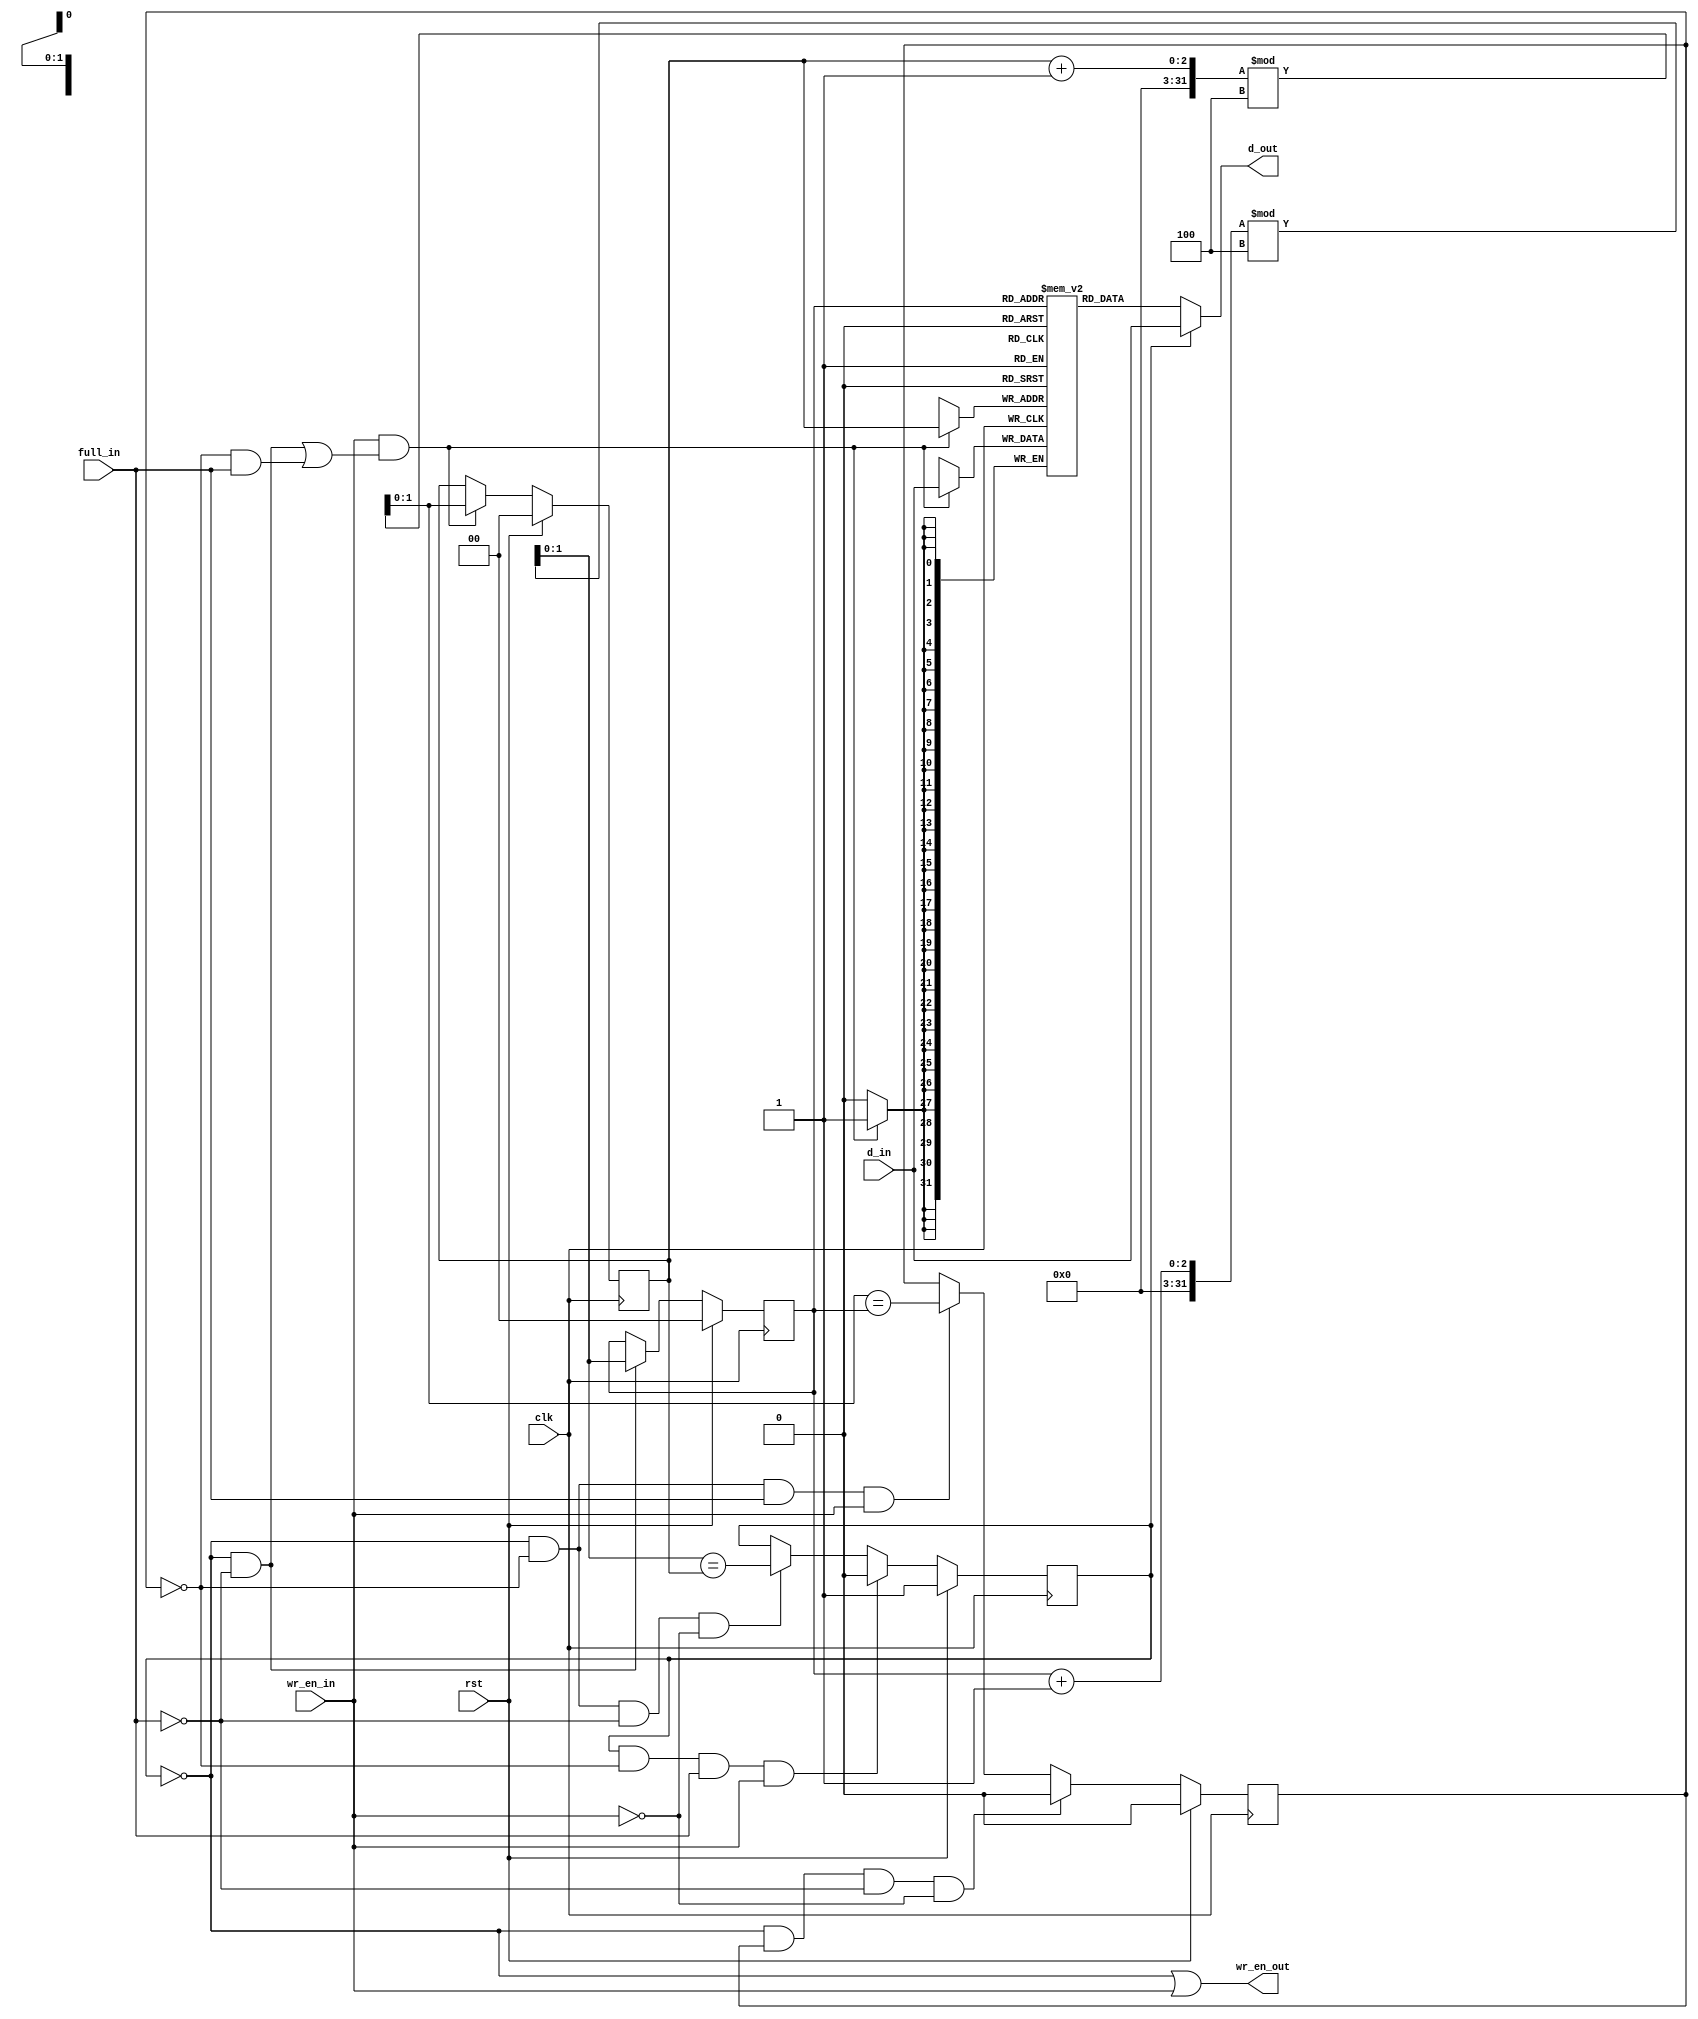
//*****************************************************************************
// (c) Copyright 2008 - 2011 Xilinx, Inc. All rights reserved.
//
// This file contains confidential and proprietary information
// of Xilinx, Inc. and is protected under U.S. and
// international copyright and other intellectual property
// laws.
//
// DISCLAIMER
// This disclaimer is not a license and does not grant any
// rights to the materials distributed herewith. Except as
// otherwise provided in a valid license issued to you by
// Xilinx, and to the maximum extent permitted by applicable
// law: (1) THESE MATERIALS ARE MADE AVAILABLE "AS IS" AND
// WITH ALL FAULTS, AND XILINX HEREBY DISCLAIMS ALL WARRANTIES
// AND CONDITIONS, EXPRESS, IMPLIED, OR STATUTORY, INCLUDING
// BUT NOT LIMITED TO WARRANTIES OF MERCHANTABILITY, NON-
// INFRINGEMENT, OR FITNESS FOR ANY PARTICULAR PURPOSE; and
// (2) Xilinx shall not be liable (whether in contract or tort,
// including negligence, or under any other theory of
// liability) for any loss or damage of any kind or nature
// related to, arising under or in connection with these
// materials, including for any direct, or any indirect,
// special, incidental, or consequential loss or damage
// (including loss of data, profits, goodwill, or any type of
// loss or damage suffered as a result of any action brought
// by a third party) even if such damage or loss was
// reasonably foreseeable or Xilinx had been advised of the
// possibility of the same.
//
// CRITICAL APPLICATIONS
// Xilinx products are not designed or intended to be fail-
// safe, or for use in any application requiring fail-safe
// performance, such as life-support or safety devices or
// systems, Class III medical devices, nuclear facilities,
// applications related to the deployment of airbags, or any
// other applications that could lead to death, personal
// injury, or severe property or environmental damage
// (individually and collectively, "Critical
// Applications"). Customer assumes the sole risk and
// liability of any use of Xilinx products in Critical
// Applications, subject only to applicable laws and
// regulations governing limitations on product liability.
//
// THIS COPYRIGHT NOTICE AND DISCLAIMER MUST BE RETAINED AS
// PART OF THIS FILE AT ALL TIMES.
//
//*****************************************************************************
//   ____  ____
//  /   /\/   /
// /___/  \  /    Vendor                : Xilinx
// \   \   \/     Version               : %version
//  \   \         Application           : MIG
//  /   /         Filename              : of_pre_fifo.v
// /___/   /\     Date Last Modified    : $date$
// \   \  /  \    Date Created          : Feb 08 2011
//  \___\/\___\
//
//Device            : 7 Series
//Design Name       : DDR3 SDRAM
//Purpose           : Extends the depth of a PHASER OUT_FIFO up to 4 entries
//Reference         :
//Revision History  :
//*****************************************************************************

/******************************************************************************
**$Id: of_pre_fifo.v,v 1.4.14.2 2011/05/27 14:31:03 venkatp Exp $
**$Date: 2011/05/27 14:31:03 $
**$Author: venkatp $
**$Revision: 1.4.14.2 $
**$Source: /devl/xcs/repo/env/Databases/ip/src2/O/mig_7series_v1_2/data/dlib/7series/ddr3_sdram/verilog/rtl/phy/of_pre_fifo.v,v $
******************************************************************************/

`timescale 1 ps / 1 ps

module of_pre_fifo #
  (
   parameter TCQ   = 100,             // clk->out delay (sim only)
   parameter DEPTH = 4,               // # of entries
   parameter WIDTH = 32               // data bus width
   )
  (
   input              clk,            // clock
   input              rst,            // synchronous reset
   input              full_in,        // FULL flag from OUT_FIFO
   input              wr_en_in,       // write enable from controller
   input [WIDTH-1:0]  d_in,           // write data from controller
   output             wr_en_out,      // write enable to OUT_FIFO
   output [WIDTH-1:0] d_out           // write data to OUT_FIFO
   );
  
  // # of bits used to represent read/write pointers
  localparam PTR_BITS 
             = (DEPTH == 2) ? 1 : 
               ((DEPTH == 3) || (DEPTH == 4)) ? 2 : 
               (((DEPTH == 5) || (DEPTH == 6) || 
                 (DEPTH == 7) || (DEPTH == 8)) ? 3 : 'bx);

  integer i;
  
  reg [WIDTH-1:0]    mem[0:DEPTH-1];
  reg                my_empty;
  reg                my_full;
  reg [PTR_BITS-1:0] rd_ptr;
  // synthesis attribute MAX_FANOUT of rd_ptr is 10; 
  reg [PTR_BITS-1:0] wr_ptr;
  // synthesis attribute MAX_FANOUT of wr_ptr is 10; 
  wire [PTR_BITS-1:0] nxt_rd_ptr;
  wire [PTR_BITS-1:0] nxt_wr_ptr;
  wire [WIDTH-1:0] mem_out;
  wire wr_en;

        // synthesis translate_off
  task updt_ptrs;
    input rd;
    input wr;
    reg [2:0] next_rd_ptr;
    reg [2:0] next_wr_ptr;
    begin
//      next_rd_ptr = next_ptr(rd_ptr, DEPTH-1);
//      next_wr_ptr = next_ptr(wr_ptr, DEPTH-1);
      casez ({rd, wr, my_empty, my_full})
        4'b0100: begin
//          wr_ptr <= #TCQ next_wr_ptr;
//          my_full <= #TCQ (next_wr_ptr == rd_ptr);
        end
        4'b0110: begin
//          wr_ptr <= #TCQ next_wr_ptr;
//          my_empty <= #TCQ 1'b0;
        end     
        4'b1000: begin
//          rd_ptr <= #TCQ next_rd_ptr;
//          my_empty <= #TCQ (next_rd_ptr == wr_ptr);
        end
        4'b1001: begin
//          rd_ptr <= #TCQ next_rd_ptr;
//          my_full <= #TCQ 1'b0;
        end
        4'b1100: begin
//          rd_ptr <= #TCQ next_rd_ptr;
//          wr_ptr <= #TCQ next_wr_ptr;
        end
        4'b1101: begin
//          rd_ptr <= #TCQ next_rd_ptr;
//          wr_ptr <= #TCQ next_wr_ptr;
        end
        default: begin
          $display("ERR %m @%t Illegal pointer sequence!", $time);
        end
      endcase
    end
  endtask

        // synthesis translate_on
  assign d_out = my_empty ? d_in : mem_out;
  assign wr_en_out = /*!full_in && */(!my_empty || wr_en_in);
  
        // synthesis translate_off
  always @(posedge clk) 
    if (rst) begin
//      for (i = 0; i < DEPTH; i = i + 1) 
//        mem[i] <= 'bx;
//      my_empty <= 1'b1;
//      my_full <= 1'b0;
//      rd_ptr <= 'b0;
//      wr_ptr <= 'b0;
    end else begin
      casez ({my_empty, my_full, full_in, wr_en_in})
        4'b0z00: begin
//          updt_ptrs(1'b1, 1'b0);
        end
        4'b0z01: begin
//          updt_ptrs(1'b1, 1'b1);
//          mem[wr_ptr] <= #TCQ d_in;
        end
        4'bz011: begin
//          updt_ptrs(1'b0, 1'b1);
//          mem[wr_ptr] <= #TCQ d_in;
        end
        4'b0010, 4'b0110, 4'b1000, 4'b1001, 4'b1010: ; // do nothing
        // bad news
        4'b0111: begin
          $display("ERR %m @%t Both FIFOs full and a write came in!", 
                   $time);
        end
        default: begin
          $display("ERR %m @%t Illegal access sequence!", $time);
        end
      endcase
    end
        // synthesis translate_on       

assign wr_en = wr_en_in & ((!my_empty & !full_in)|(!my_full & full_in));

always @ (posedge clk)
begin
  if (wr_en)
    mem[wr_ptr] <= #TCQ d_in;
end

assign mem_out = mem [rd_ptr];

assign nxt_rd_ptr = (rd_ptr + 1'b1)%DEPTH;

always @ (posedge clk)
begin
  if (rst)
  begin
    rd_ptr <= 'b0;
  end
  else if ((!my_empty) & (!full_in))
  begin 
    rd_ptr <= nxt_rd_ptr;
  end
end

always @ (posedge clk)
begin
  if (rst)
  begin
    my_empty <= 1'b1;
  end
  else if (my_empty & !my_full & full_in & wr_en_in)
  begin
    my_empty <= 1'b0;
  end
  else if (!my_empty & !my_full & !full_in & !wr_en_in)
  begin
    my_empty <= (nxt_rd_ptr == wr_ptr);
  end
end

assign nxt_wr_ptr = (wr_ptr + 1'b1)%DEPTH;

always @ (posedge clk)
begin
  if (rst)
  begin
    wr_ptr <= 'b0;
  end
  else if ( (wr_en_in) & ( (!my_empty & !full_in) | (!my_full & full_in) ) )
  begin 
    wr_ptr <= nxt_wr_ptr;
  end
end

always @ (posedge clk)
begin
  if (rst)
  begin
    my_full <= 1'b0;
  end
  else if (!my_empty & my_full & !full_in & !wr_en_in)
  begin
    my_full <= 1'b0;
  end
  else if (!my_empty & !my_full & full_in & wr_en_in)
  begin
    my_full <= (nxt_wr_ptr == rd_ptr);
  end
end

endmodule